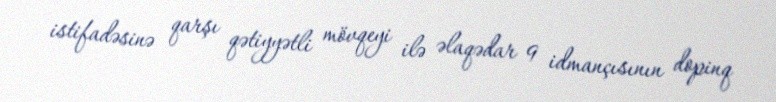
istifadəsinə qarşı qətiyyətli mövqeyi ilə əlaqədar 9 idmançısının dopinq